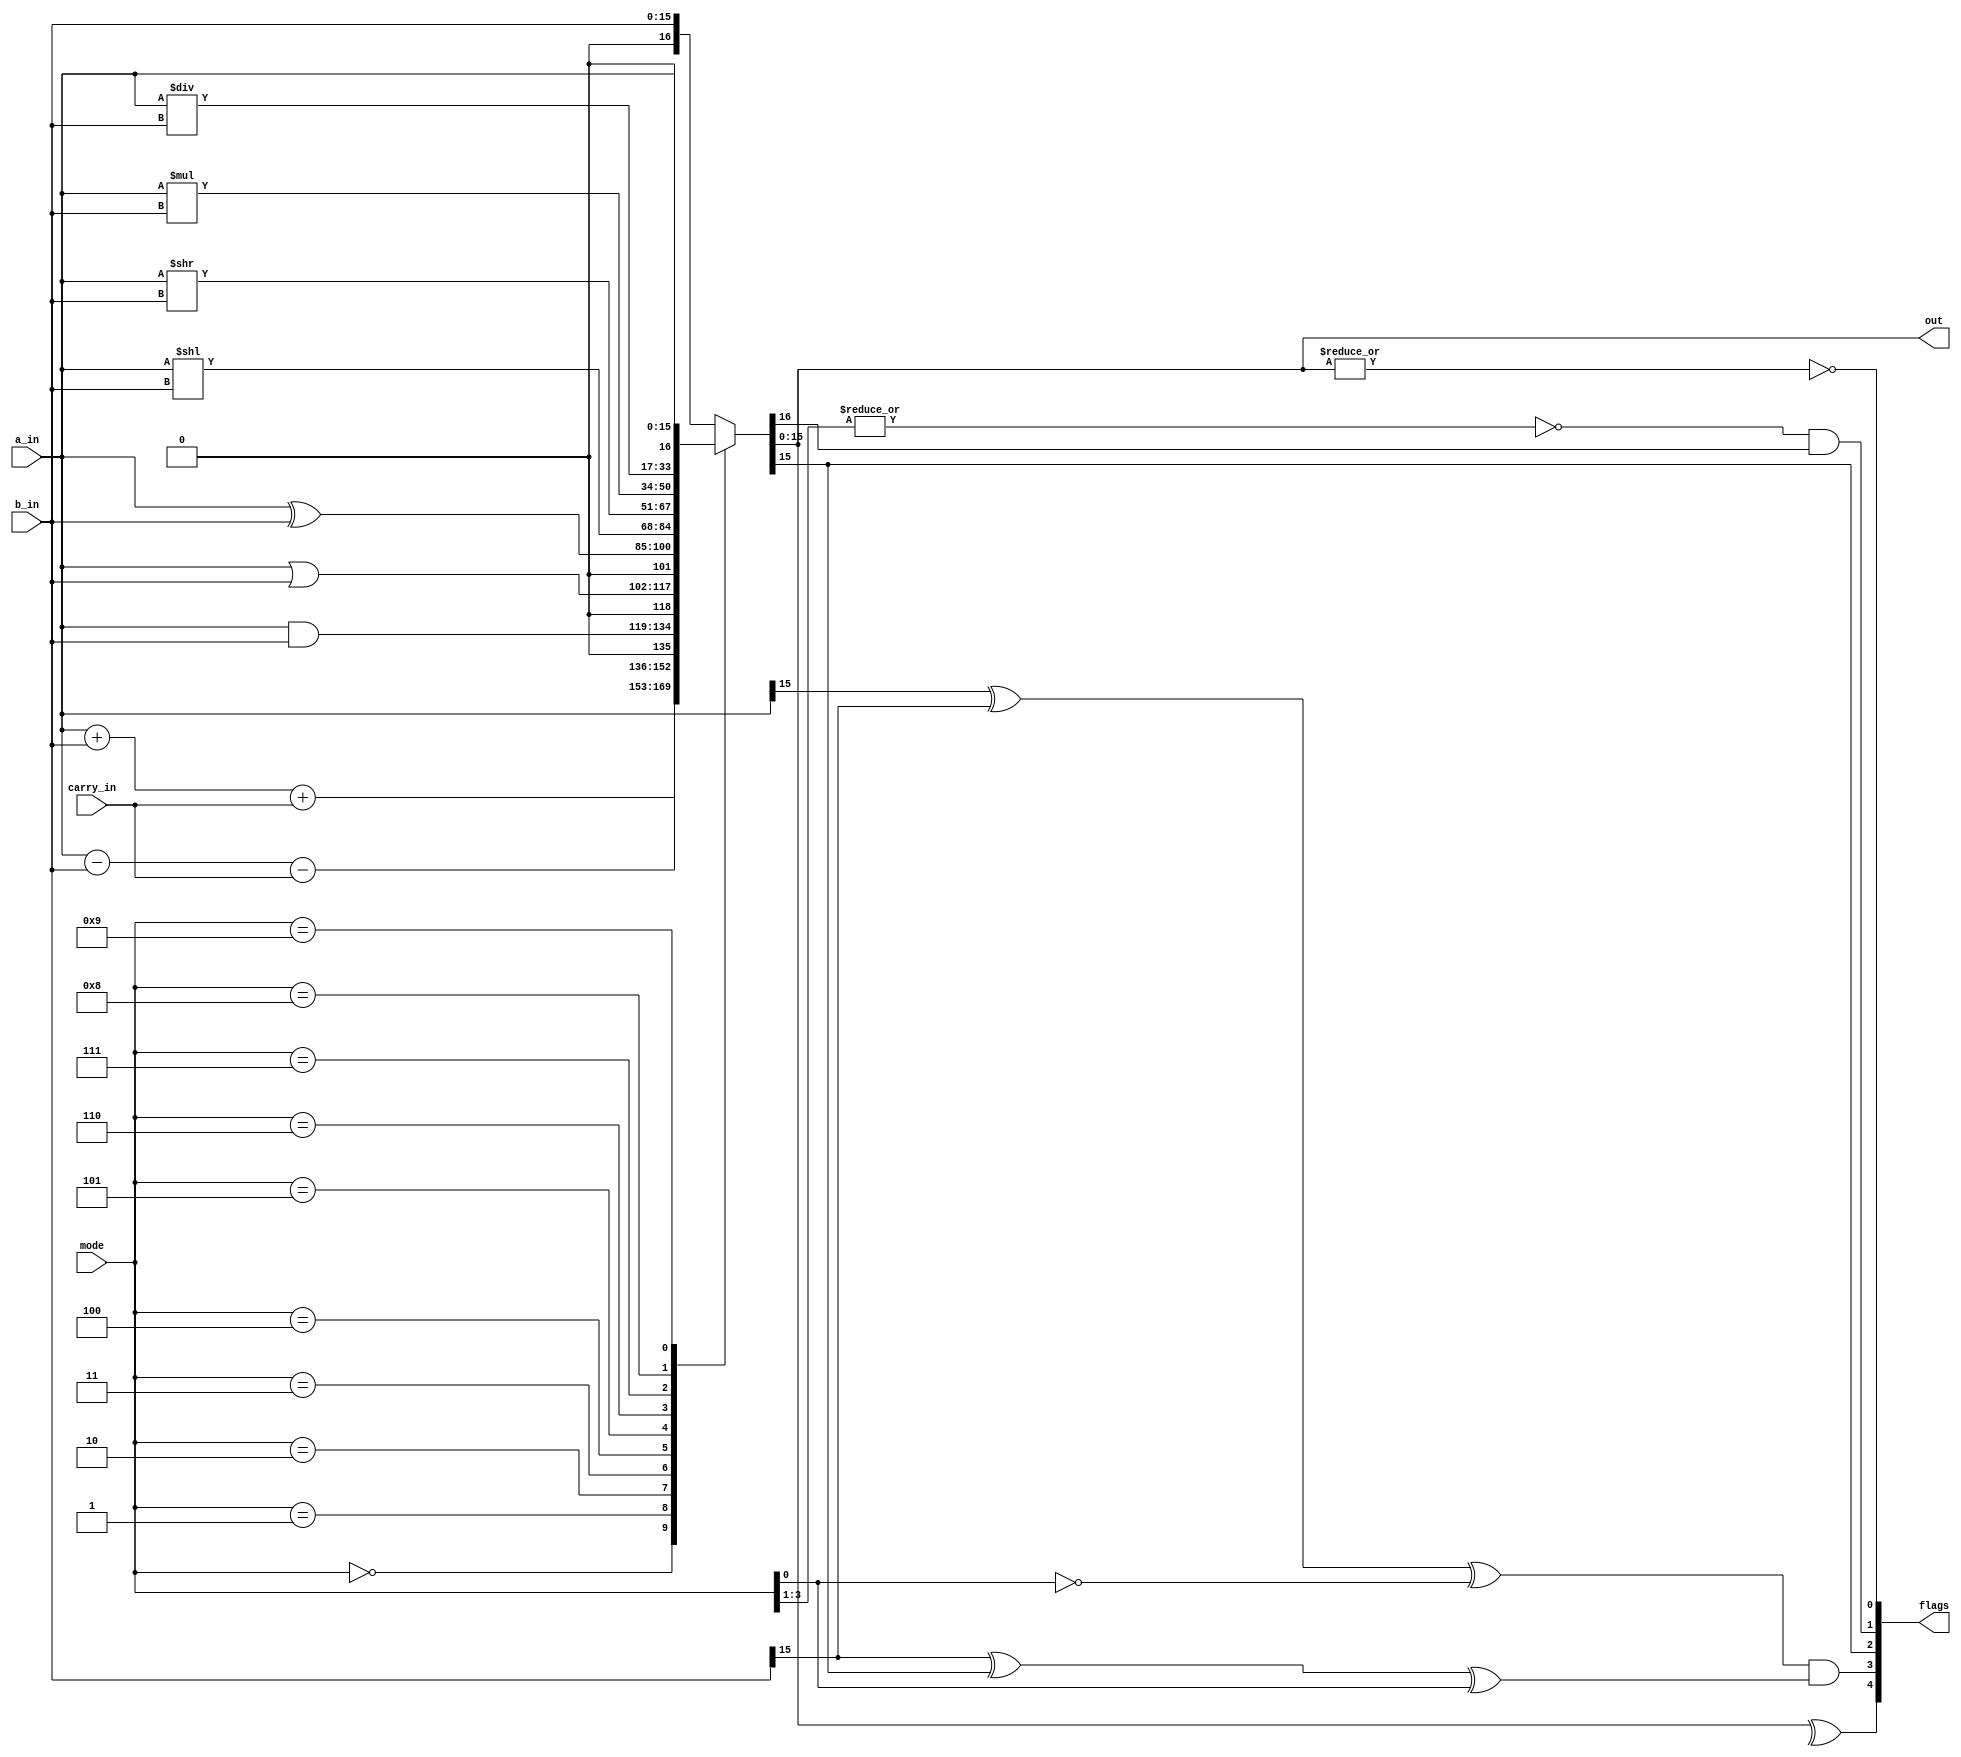
module alu (
    input wire [15:0] a_in,
    input wire [15:0] b_in,
    output wire [15:0] out,

    input wire [3:0] mode,
    input wire carry_in,
    output reg [4:0] flags
);

reg [16:0] outc;
assign out = outc[15:0];

always @(*) begin
    case (mode) 
        4'b0000: outc <= a_in + b_in + carry_in; //ADD
        4'b0001: outc <= a_in - b_in  - carry_in; //SUB
        4'b0010: outc <= a_in & b_in; //AND
        4'b0011: outc <= a_in | b_in; //OR
        4'b0100: outc <= a_in ^ b_in; //XOR
        4'b0101: outc <= a_in << b_in; //SHL
        4'b0110: outc <= a_in >> b_in; //SHR
        4'b0111: outc <= a_in * b_in; //CHECK MUL & DIV
        4'b1000: outc <= a_in / b_in;
        4'b1001: outc <= a_in; //A PASS
        default: outc <= b_in; //B PASS
    endcase
    flags[0] <= ~(|outc[15:0]); //ZERO
    flags[1] <= (~(|mode[3:1])) & outc[16]; //CARRY
    flags[2] <= outc[15]; //NEG
    flags[3] <= (((a_in[15]^b_in[15])^(~mode[0]))&((b_in[15]^outc[15])^mode[0])); //OVF
    flags[4] <= ^outc[15:0]; //PAR
end

endmodule